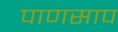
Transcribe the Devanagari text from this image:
पाणसाप